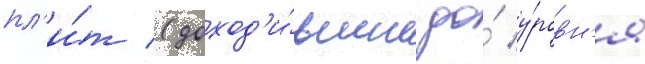
пл'и́т (доход'и́вшие до́ у́ровн'я